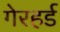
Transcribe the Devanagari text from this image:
गेरहर्ड